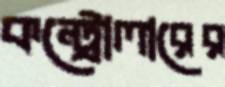
কন্ট্রোলারের